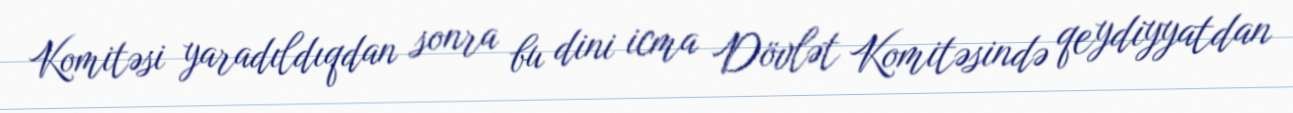
Komitəsi yaradıldıqdan sonra bu dini icma Dövlət Komitəsində qeydiyyatdan